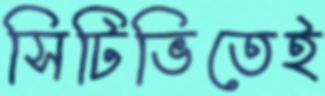
সিটিভিতেই